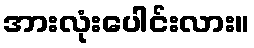
အားလုံးပေါင်းလား။